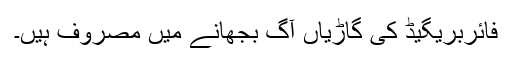
فائربریگیڈ کی گاڑیاں آگ بجھانے میں مصروف ہیں۔